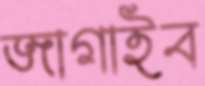
জাগাইব